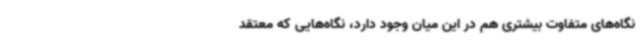
نگاه‌های متفاوت بیشتری هم در این میان وجود دارد،‌ نگاه‌هایی که معتقد